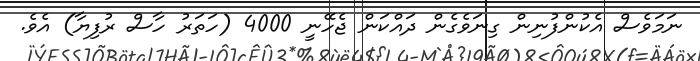
ނަމަވެސް އެކުންފުނިން ގިނަވެގެން ދައްކަން ޖެހޭނީ 4000 (ހަތަރު ހާސް ރުފިޔާ) އެވެ.